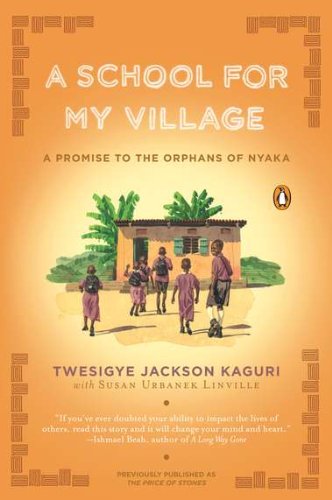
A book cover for A School for My Village: A Promise to the Orphans of Nyaka; Twesigye Jackson Kaguri; Travel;